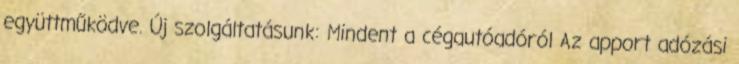
együttműködve. Új szolgáltatásunk: Mindent a cégautóadóról Az apport adózási